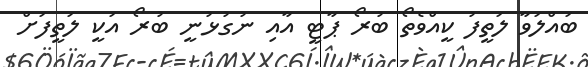
ބައްލަވާ ލަތީފު ކީއްވެތޯ ބުރޯ ޕާޓީ އާއި ނުގުޅުނީ ބުރޯ އަކީ ލަތީފަށް